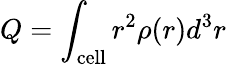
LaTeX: Q=\int_{\textrm{cell}}r^{2}\rho(r)d^{3}r